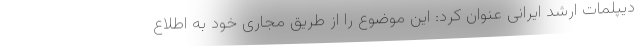
دیپلمات ارشد ایرانی عنوان کرد: این موضوع را از طریق مجاری خود به اطلاع